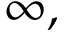
\infty ,